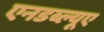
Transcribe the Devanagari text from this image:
एनडब्ल्यूए